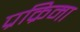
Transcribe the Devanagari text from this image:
प्रक्रिमा